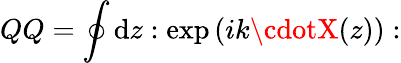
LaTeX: QQ=\oint\mathrm{d}z:\exp\left(ik\cdotX(z)\right):